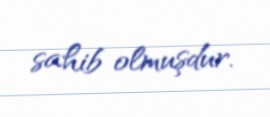
sahib olmuşdur.